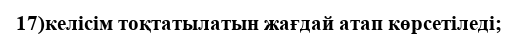
17)келісім тоқтатылатын жағдай атап көрсетіледі;